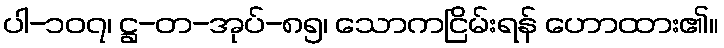
ပါ-၁၀၇၊ ဋ္ဌ-တ-အုပ်-၈၅၊ သောကငြိမ်းရန် ဟောထား၏။